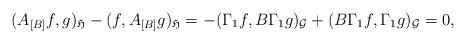
LaTeX: \begin{align*} (A_{[B]}f,g)_{\mathfrak H}-(f,A_{[B]}g)_{\mathfrak H}= -(\Gamma_1 f, B\Gamma_1 g)_{\mathcal G} + (B\Gamma_1 f,\Gamma_1 g)_{\mathcal G}=0,\end{align*}